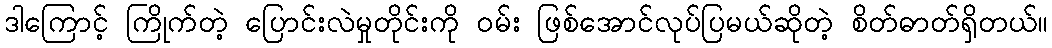
ဒါကြောင့် ကြိုက်တဲ့ ပြောင်းလဲမှုတိုင်းကို ဝမ်း ဖြစ်အောင်လုပ်ပြမယ်ဆိုတဲ့ စိတ်ဓာတ်ရှိတယ်။